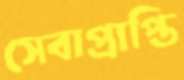
সেবাপ্রাপ্তি